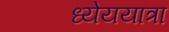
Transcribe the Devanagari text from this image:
ध्येययात्रा